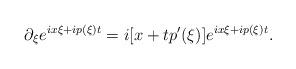
LaTeX: \begin{align*}\partial_\xi e^{ix\xi+ip(\xi)t}=i[x+tp'(\xi)] e^{ix\xi+ip(\xi)t}.\end{align*}